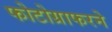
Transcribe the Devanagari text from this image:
फोटोग्राफरने